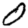
Digit: 0